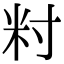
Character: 籿